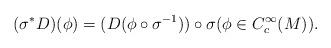
LaTeX: \begin{align*}(\sigma^*D)(\phi)=(D(\phi\circ\sigma^{-1}))\circ\sigma (\phi\in C_c^\infty(M)).\end{align*}